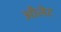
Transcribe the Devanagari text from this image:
औलेट